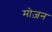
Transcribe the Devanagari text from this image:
मोज़न